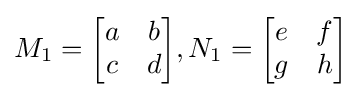
M_{1}={\begin{bmatrix}a&b\\c&d\end{bmatrix}},N_{1}={\begin{bmatrix}e&f\\g&h\end{bmatrix}}